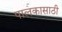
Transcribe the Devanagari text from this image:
पालकासाठी